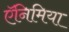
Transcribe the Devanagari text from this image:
ऍनिमिया